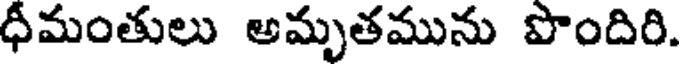
ధీమంతులు అమృతమును పొందిరి.